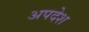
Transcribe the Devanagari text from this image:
अपदेश